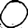
Digit: 0